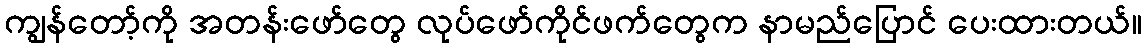
ကျွန်တော့်ကို အတန်းဖော်တွေ လုပ်ဖော်ကိုင်ဖက်တွေက နာမည်ပြောင် ပေးထားတယ်။